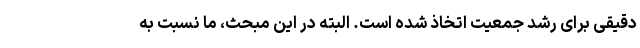
دقیقی برای رشد جمعیت اتخاذ شده است. البته در این مبحث، ما نسبت به